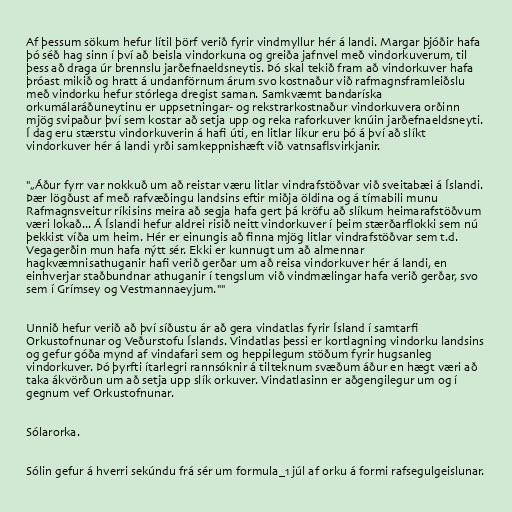
Af þessum sökum hefur lítil þörf verið fyrir vindmyllur hér á landi. Margar þjóðir hafa
þó séð hag sinn í því að beisla vindorkuna og greiða jafnvel með vindorkuverum, til
þess að draga úr brennslu jarðefnaeldsneytis. Þó skal tekið fram að vindorkuver hafa
þróast mikið og hratt á undanförnum árum svo kostnaður við rafmagnsframleiðslu
með vindorku hefur stórlega dregist saman. Samkvæmt bandaríska
orkumálaráðuneytinu er uppsetningar- og rekstrarkostnaður vindorkuvera orðinn
mjög svipaður því sem kostar að setja upp og reka raforkuver knúin jarðefnaeldsneyti.
Í dag eru stærstu vindorkuverin á hafi úti, en litlar líkur eru þó á því að slíkt
vindorkuver hér á landi yrði samkeppnishæft við vatnsaflsvirkjanir.

"„Áður fyrr var nokkuð um að reistar væru litlar vindrafstöðvar við sveitabæi á Íslandi.
Þær lögðust af með rafvæðingu landsins eftir miðja öldina og á tímabili munu
Rafmagnsveitur ríkisins meira að segja hafa gert þá kröfu að slíkum heimarafstöðvum
væri lokað... Á Íslandi hefur aldrei risið neitt vindorkuver í þeim stærðarflokki sem nú
þekkist víða um heim. Hér er einungis að finna mjög litlar vindrafstöðvar sem t.d.
Vegagerðin mun hafa nýtt sér. Ekki er kunnugt um að almennar
hagkvæmnisathuganir hafi verið gerðar um að reisa vindorkuver hér á landi, en
einhverjar staðbundnar athuganir í tengslum við vindmælingar hafa verið gerðar, svo
sem í Grímsey og Vestmannaeyjum.""

Unnið hefur verið að því síðustu ár að gera vindatlas fyrir Ísland í samtarfi
Orkustofnunar og Veðurstofu Íslands. Vindatlas þessi er kortlagning vindorku landsins
og gefur góða mynd af vindafari sem og heppilegum stöðum fyrir hugsanleg
vindorkuver. Þó þyrfti ítarlegri rannsóknir á tilteknum svæðum áður en hægt væri að
taka ákvörðun um að setja upp slík orkuver. Vindatlasinn er aðgengilegur um og í
gegnum vef Orkustofnunar.

Sólarorka.

Sólin gefur á hverri sekúndu frá sér um formula_1 júl af orku á formi rafsegulgeislunar.